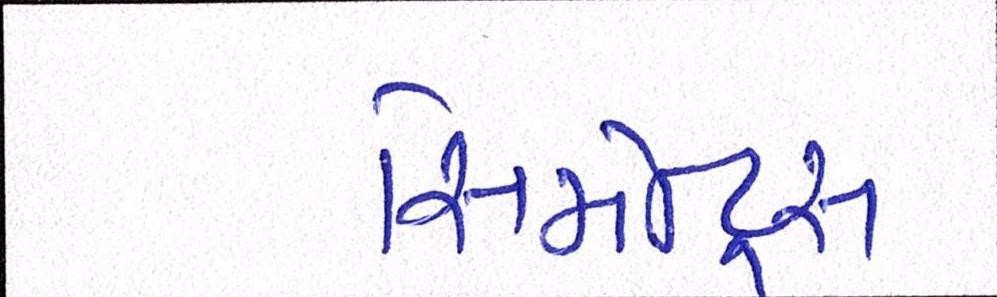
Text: સિમેન્ટ્સ